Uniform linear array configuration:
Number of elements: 24
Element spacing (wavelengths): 0.25
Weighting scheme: uniform
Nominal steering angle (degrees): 0
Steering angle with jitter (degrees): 1.288
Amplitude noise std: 0.05
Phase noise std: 0.05

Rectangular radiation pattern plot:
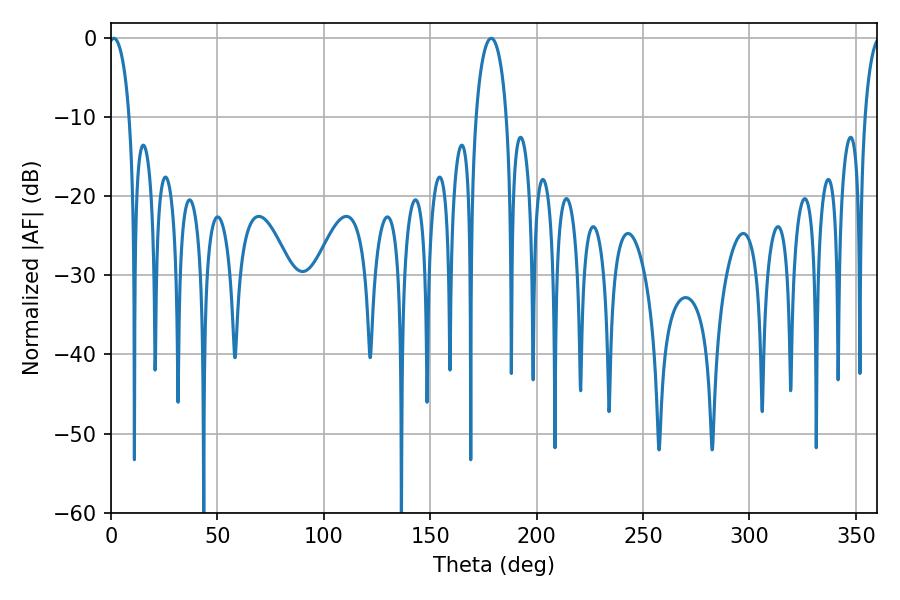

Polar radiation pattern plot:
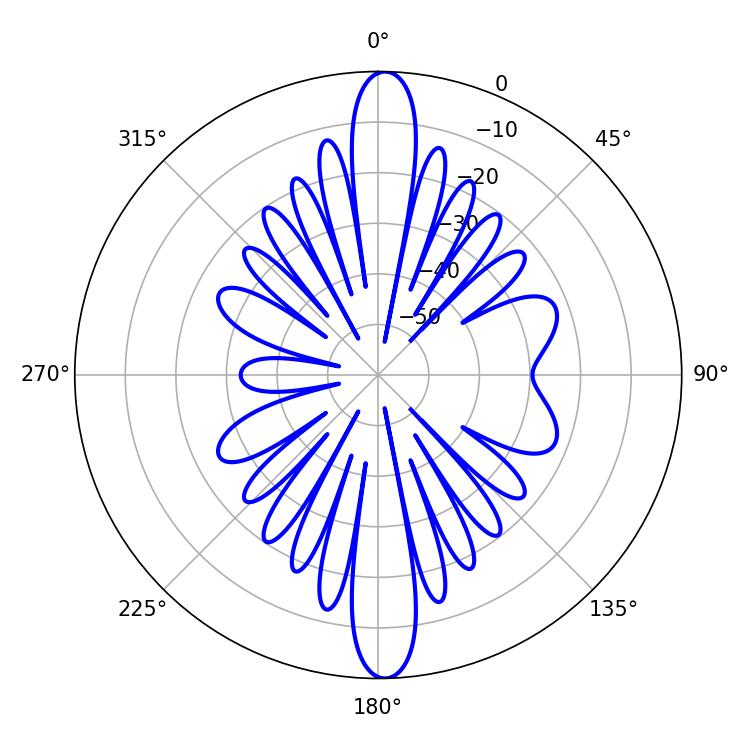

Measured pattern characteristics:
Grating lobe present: FALSE
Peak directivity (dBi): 23.199
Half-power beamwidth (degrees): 5.58
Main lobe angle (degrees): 1.44